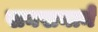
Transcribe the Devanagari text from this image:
खनखनाने